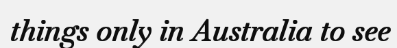
things only in Australia to see